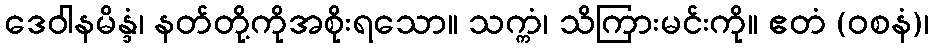
ဒေဝါနမိန္ဒံ၊ နတ်တို့ကိုအစိုးရသော။ သက္ကံ၊ သိကြားမင်းကို။ ဧတံ (ဝစနံ)၊